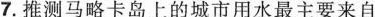
7.推测马略卡岛上的城市用水最主要来自